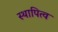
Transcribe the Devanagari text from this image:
स्थापित्व